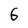
Character: 6